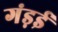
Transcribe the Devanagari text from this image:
गंड़ई